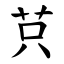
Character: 𦭜